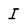
Character: I